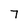
Character: 7